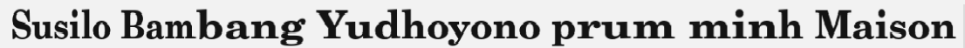
Susilo Bambang Yudhoyono prum minh Maison